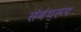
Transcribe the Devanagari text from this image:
संबंधरूप